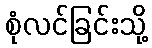
စုံလင်ခြင်းသို့